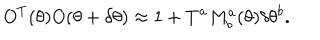
O ^ { T } ( \theta ) O ( \theta + \delta \theta ) \approx 1 + T ^ { a } M _ { b } ^ { a } ( \theta ) \delta \theta ^ { b } .